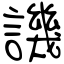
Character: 譏